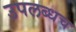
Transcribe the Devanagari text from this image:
उपलब्धच